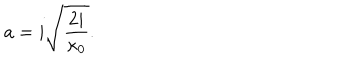
a = i \sqrt { \frac { 2 i } { \kappa _ { 0 } } } .